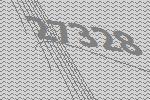
27328